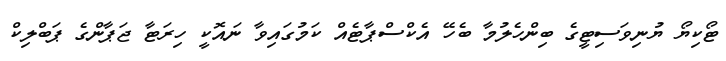
ޓޯކިޔޯ ޔުނިވަސިޓީގެ ބިންހެލުމާ ބެހޭ އެކްސްޕާޓެއް ކަމުގައިވާ ނައޮކީ ހިރަޓާ ޖަޕާންގެ ޕަބްލިކް